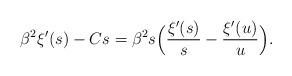
LaTeX: \begin{align*}\beta^2\xi'(s)-Cs&=\beta^2s\Bigl(\frac{\xi'(s)}{s}-\frac{\xi'(u)}{u}\Bigr).\end{align*}